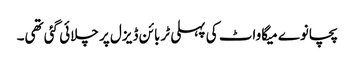
پچانوے میگاواٹ کی پہلی ٹربائن ڈیزل پر چلائی گئی تھی۔